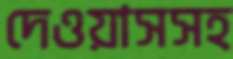
দেওয়াসসহ